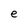
Character: e